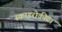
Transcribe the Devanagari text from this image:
स्काइरोकीटा